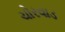
ચોરવાડ